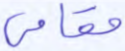
مقامي